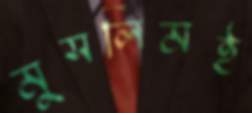
মুসলিমই